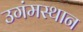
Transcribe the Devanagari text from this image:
उगंमस्थान